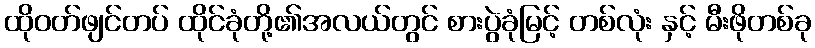
ထိုဝတ်ဖျင်တပ် ထိုင်ခုံတို့၏အလယ်တွင် စားပွဲခုံမြင့် တစ်လုံး နှင့် မီးဖိုတစ်ခု